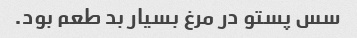
سس پستو در مرغ بسیار بد طعم بود.